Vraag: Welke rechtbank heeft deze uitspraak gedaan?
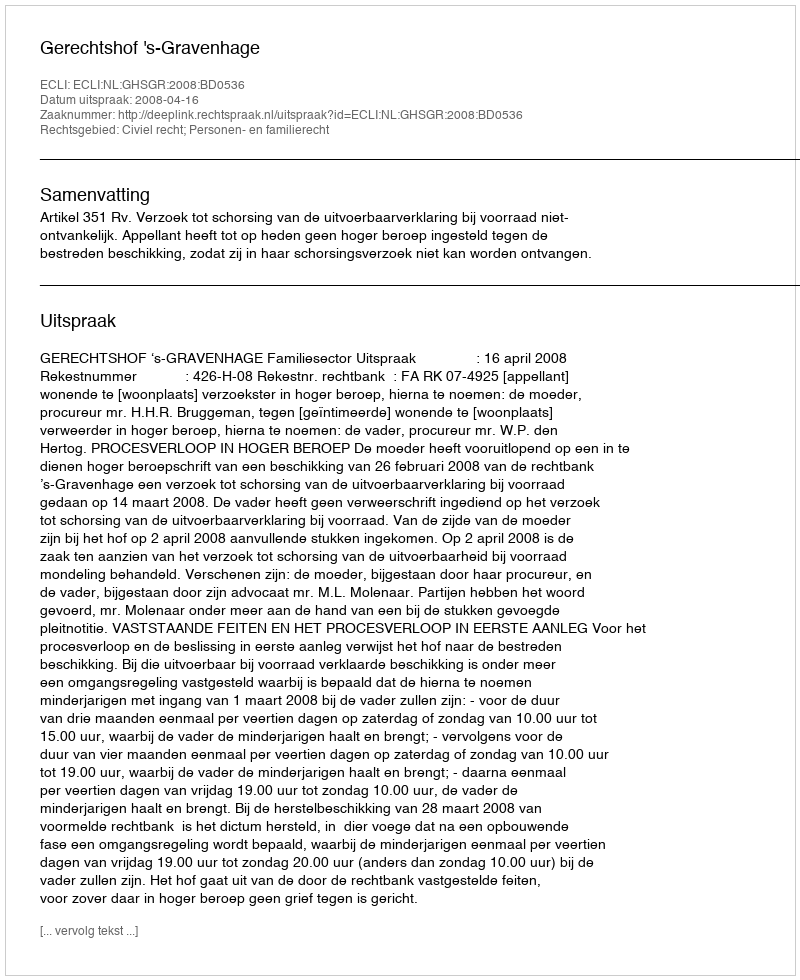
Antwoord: Gerechtshof 's-Gravenhage